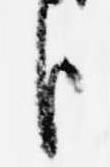
臣